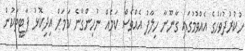
ހުކުރުދުވަހުގެ އެއްވުމުގައި ގާނޫނާ ހިލާފު އެއްވެސް ކަމެއް ނުުހިންގާނެ ކަމަށް އިދިކޮޅު ޕާޓީތަކުން